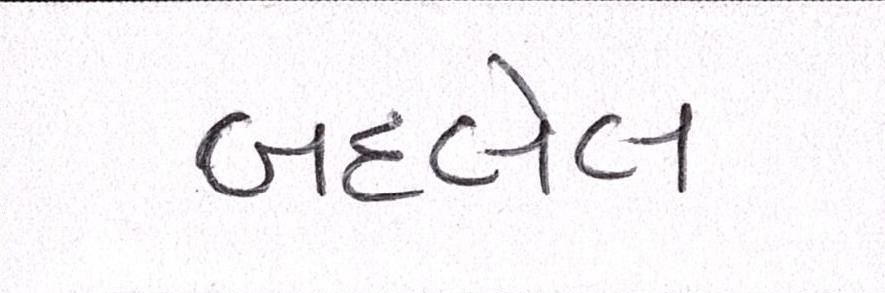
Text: બદલેલ